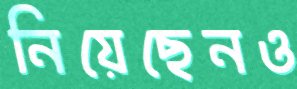
নিয়েছেনও